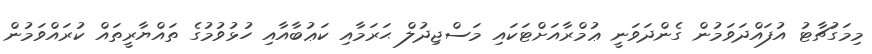
މިމަގުޗާޓު އުފައްދަވަމުން ގެންދަވަނީ ޢުމްރާއަށްޓަކައި މަސްޖިދުލް ޙަރަމާއި ކަޢުބާއާއި ހުޅުވުމުގެ ތައްޔާރީތައް ކުރައްވަމުން